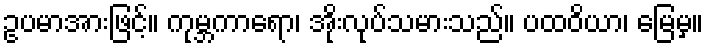
ဥပမာအားဖြင့်။ ကုမ္ဘကာရော၊ အိုးလုပ်သမားသည်။ ပထဝိယာ၊ မြေမှ။